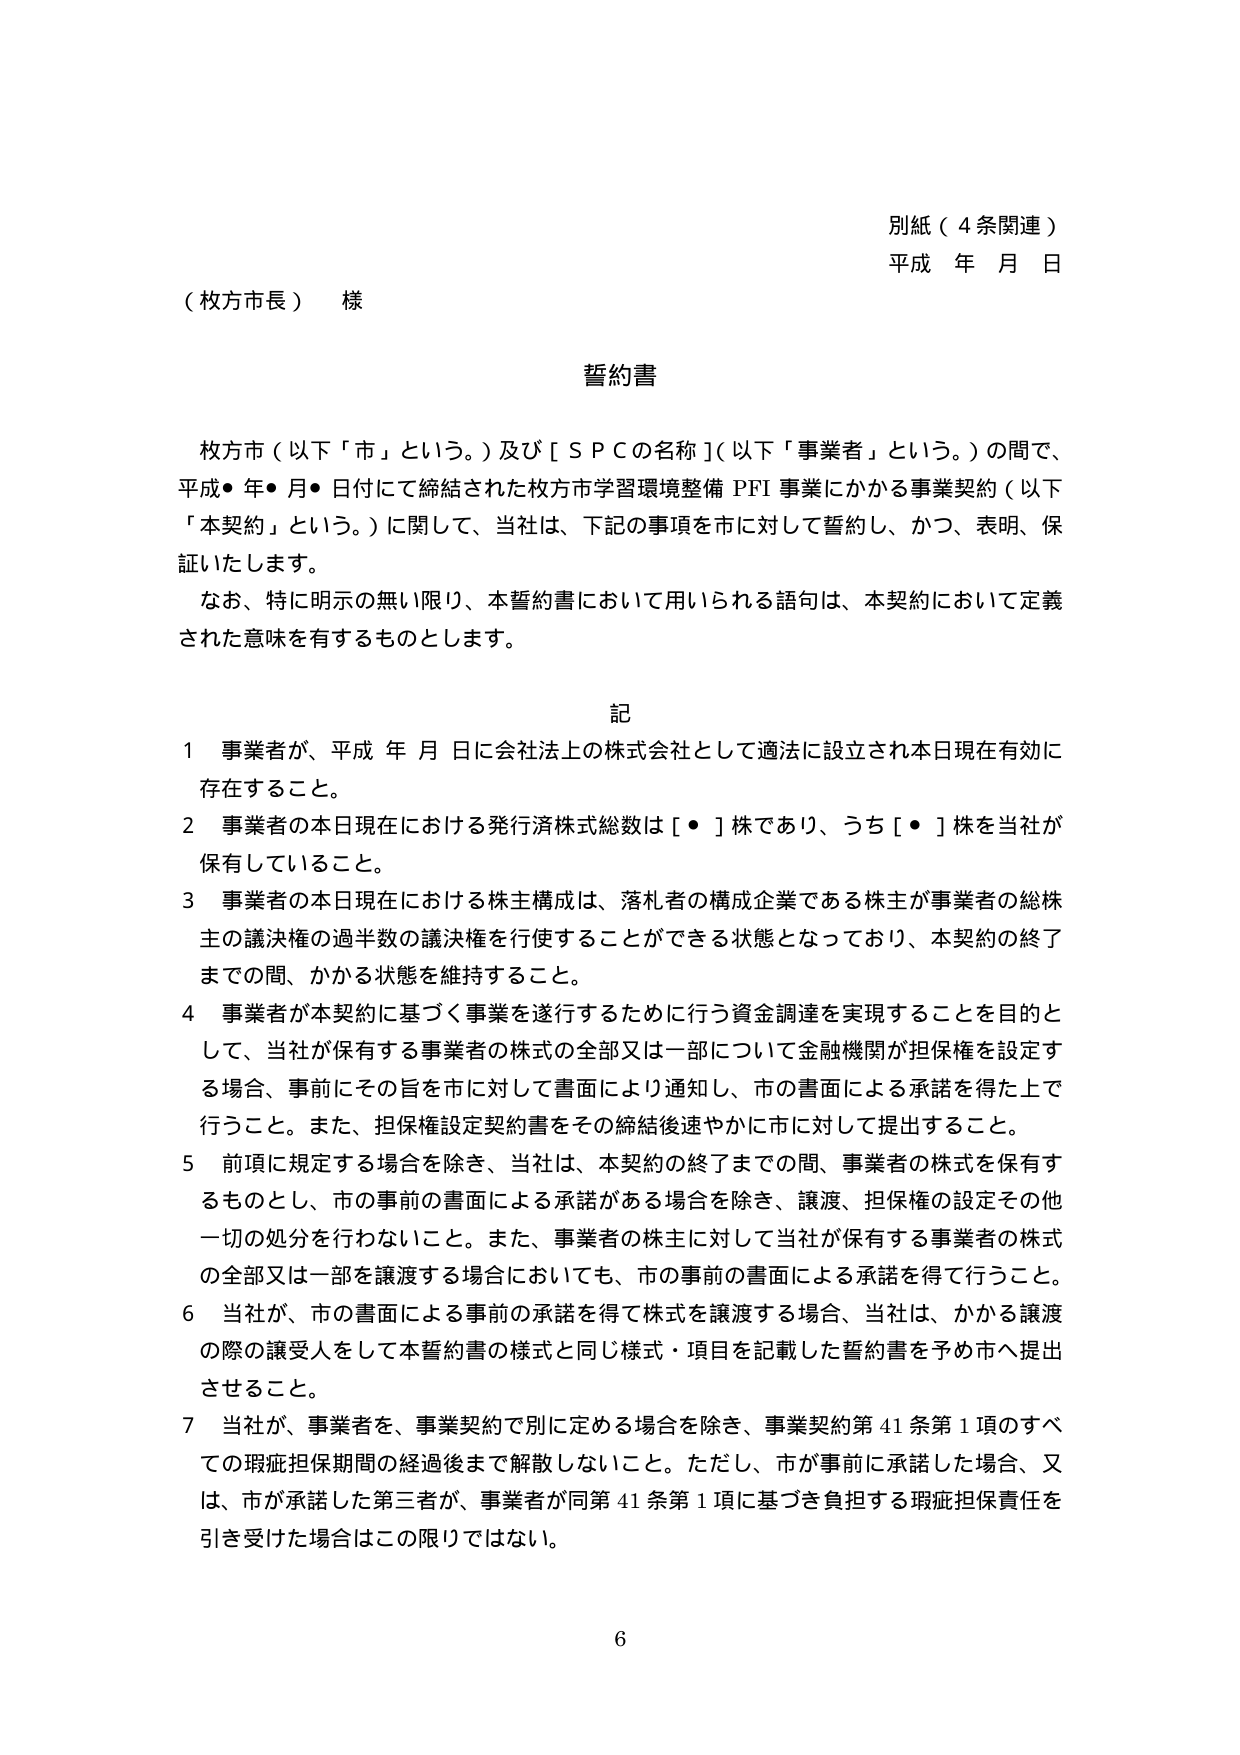
別紙（４条関連）
平成 年 月 日

（枚方市長） 様

誓約書

枚方市（以下「市」という。）及び［ＳＰＣの名称］（以下「事業者」という。）の間で、
平成●年●月●日付にて締結された枚方市学習環境整備ＰＦＩ事業にかかる事業契約（以下
「本契約」という。）に関して、当社は、下記の事項を市に対して誓約し、かつ、表明、保
証いたします。
なお、特に明示の無い限り、本誓約書において用いられる語句は、本契約において定義
された意味を有するものとします。

記

１ 事業者が、平成 年 月 日に会社法上の株式会社として適法に設立され本日現在有効に
存在すること。
２ 事業者の本日現在における発行済株式総数は［●］株であり、うち［●］株を当社が
保有していること。
３ 事業者の本日現在における株主構成は、落札者の構成企業である株主が事業者の総株
主の議決権の過半数の議決権を行使することができる状態となっており、本契約の終了
までの間、かかる状態を維持すること。
４ 事業者が本契約に基づく事業を遂行するために行う資金調達を実現することを目的と
して、当社が保有する事業者の株式の全部又は一部について金融機関が担保権を設定す
る場合、事前にその旨を市に対して書面により通知し、市の書面による承諾を得た上で
行うこと。また、担保権設定契約書をその締結後速やかに市に対して提出すること。
５ 前項に規定する場合を除き、当社は、本契約の終了までの間、事業者の株式を保有す
るものとし、市の事前の書面による承諾がある場合を除き、譲渡、担保権の設定その他
一切の処分を行わないこと。また、事業者の株主に対して当社が保有する事業者の株式
の全部又は一部を譲渡する場合においても、市の事前の書面による承諾を得て行うこと。
６ 当社が、市の書面による事前の承諾を得て株式を譲渡する場合、当社は、かかる譲渡
の際の譲受人をして本誓約書の様式と同じ様式・項目を記載した誓約書を予め市へ提出
させること。
７ 当社が、事業者を、事業契約で別に定める場合を除き、事業契約第41条第1項のすべ
ての瑕疵担保期間の経過後まで解散しないこと。ただし、市が事前に承諾した場合、又
は、市が承諾した第三者が、事業者が同第41条第1項に基づき負担する瑕疵担保責任を
引き受けた場合はこの限りではない。

6